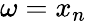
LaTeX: \omega=x_{n}